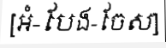
[អំ-បែង-ចែស]